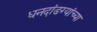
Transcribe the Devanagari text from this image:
धनदांडग्यांच्या